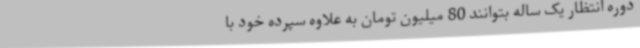
دوره انتظار یک ساله بتوانند 80 میلیون تومان به علاوه سپرده خود با